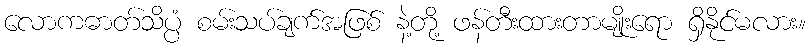
လောကဓာတ်သိပ္ပံ စမ်းသပ်ချက်အဖြစ် နဲ့တို့ ဖန်တီးထားတာမျိုးရော ရှိနိုင်မလား။